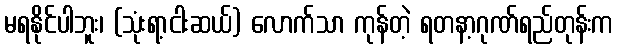
မရနိုင်ပါဘူး၊ (သုံးရာ့ငါးဆယ်) လောက်သာ ကုန်တဲ့ ရတနာ့ဂုဏ်ရည်တုန်းက